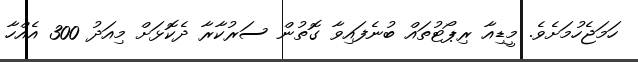
ހަމަޖެހުމަށެވެ. މީޑިއާ ރިޕޯޓުތައް ބުނެފައިވާ ގޮތުން ސަރުކާރާ ދެކޮޅަށް މިއަދު 300 އެއްހާ